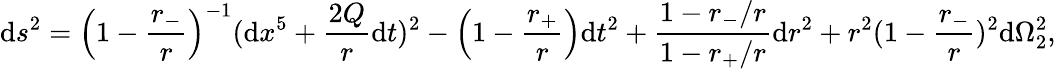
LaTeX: \mathrm{d}s^{2}=\left(1-{\frac{{r_{-}}}{{r}}}\right)^{-1}(\mathrm{d}x^{5}+{\frac{{2Q}}{{r}}}\mathrm{d}t)^{2}-\left(1-{\frac{{r_{+}}}{{r}}}\right)\mathrm{d}t^{2}+{\frac{{1-r_{-}/r}}{{1-r_{+}/r}}}\mathrm{d}r^{2}+r^{2}(1-{\frac{{r_{-}}}{{r}}})^{2}\mathrm{d}\Omega_{2}^{2},